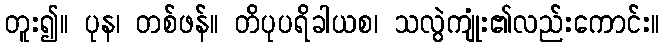
တူး၍။ ပုန၊ တစ်ဖန်။ တိပုပရိခါယစ၊ သလွဲကျုံး၏လည်းကောင်း။